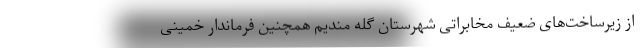
از زیرساخت‌های ضعیف مخابراتی شهرستان گله مندیم همچنین فرماندار خمینی